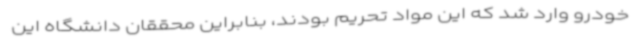
خودرو وارد شد که این مواد تحریم بودند، بنابراین محققان دانشگاه این